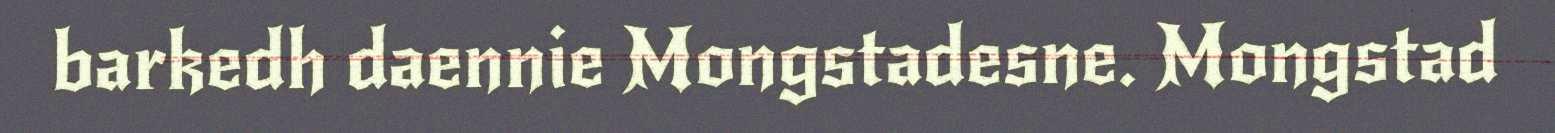
barkedh daennie Mongstadesne. Mongstad